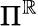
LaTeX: \Pi^{\mathbb{R}}